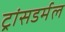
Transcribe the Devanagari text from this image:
ट्रांसडर्मल